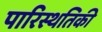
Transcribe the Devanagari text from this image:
पारिस्थतिकी